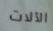
الآلات